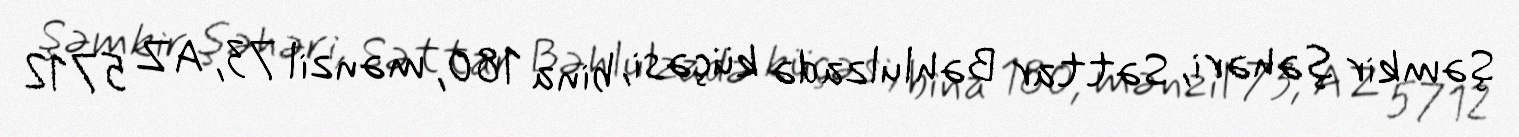
Şəmkir şəhəri, Səttar Bəhlulzadə küçəsi, bina 180, mənzil 73, AZ 5712